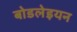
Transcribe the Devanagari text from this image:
बोडलेइयन